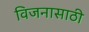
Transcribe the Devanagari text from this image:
विजनासाठी